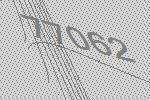
77062